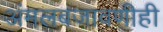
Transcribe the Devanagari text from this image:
अंमलबजावणीही